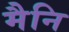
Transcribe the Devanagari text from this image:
मैनि